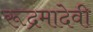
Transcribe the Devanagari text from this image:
रूद्रमादेवी